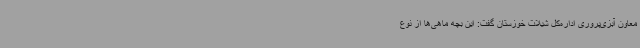
معاون آبزی‌پروری اداره‌کل شیلات خوزستان گفت: این بچه ماهی‌ها از نوع